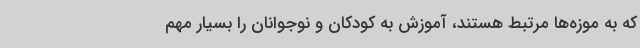
که به موزه‌ها مرتبط هستند، آموزش به کودکان و نوجوانان را بسیار مهم